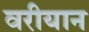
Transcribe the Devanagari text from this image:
वरीयान